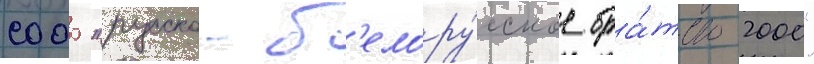
сооо "русско-б'елору́сское бра́тство 2000"